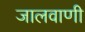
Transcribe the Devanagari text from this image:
जालवाणी